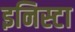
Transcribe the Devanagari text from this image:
इनिस्टा